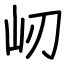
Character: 屻